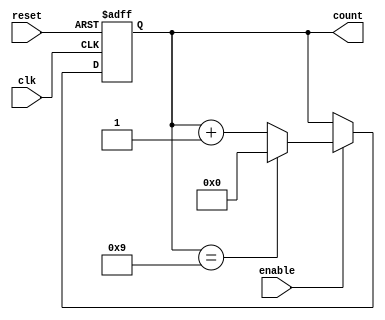
module BCD_Up_Counter_with_Enable (
    input wire clk,
    input wire reset,
    input wire enable,
    output reg [3:0] count
);

always @(posedge clk or posedge reset) begin
    if (reset) begin
        count <= 4'b0000;
    end else begin
        if (enable) begin
            if (count == 4'b1001) begin
                count <= 4'b0000;
            end else begin
                count <= count + 4'b0001;
            end
        end
    end
end

endmodule